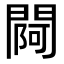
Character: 𨵌